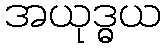
အယုဒ္ဓယ